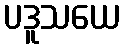
ပဒူသယေ